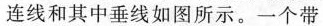
连线和其中垂线如图所示。一个带